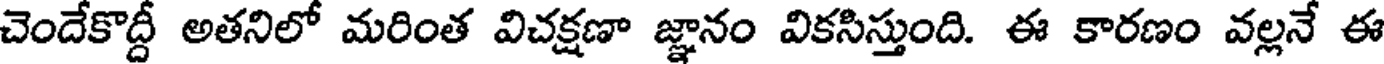
చెందేకొద్దీ అతనిలో మరింత విచక్షణా జ్ఞానం వికసిస్తుంది. ఈ కారణం వల్లనే ఈ